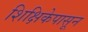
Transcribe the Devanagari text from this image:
शिक्षिकेपासून